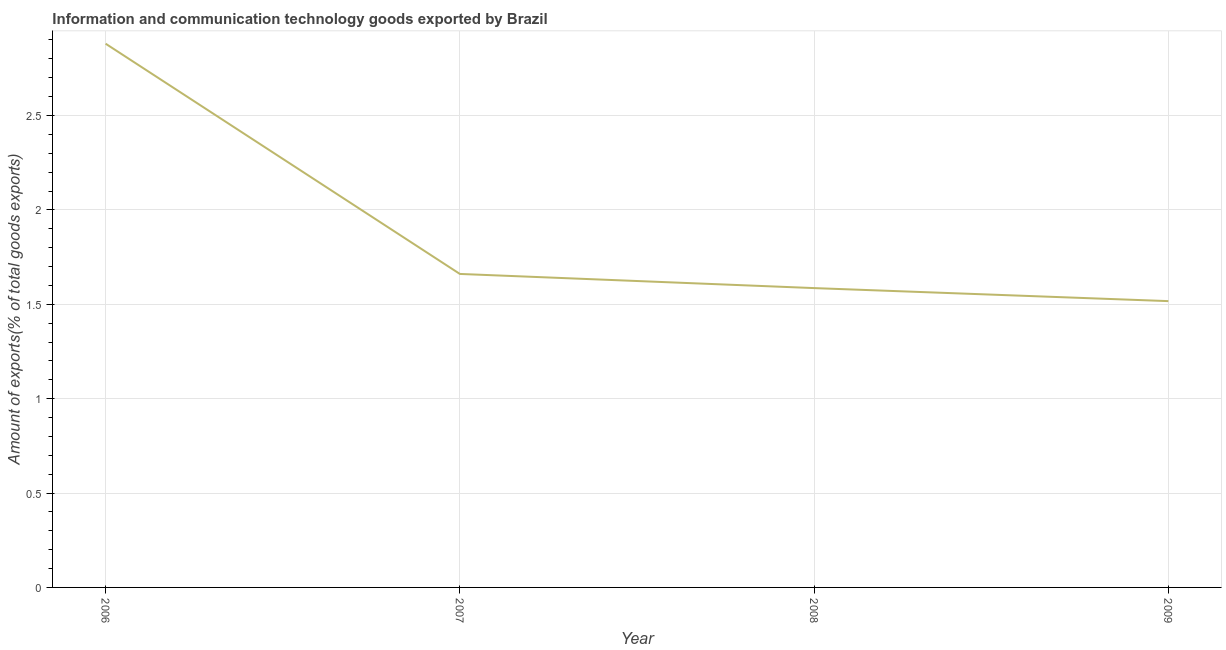
| Year | ICT goods exports |
 | --- | --- |
 | 2006 | 2.88 |
 | 2007 | 1.66 |
 | 2008 | 1.59 |
 | 2009 | 1.52 |